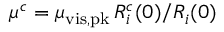
\ensuremath { \, \mu ^ { c } } = \ensuremath { \mu _ { \mathrm { v i s , p k } } } \, R _ { i } ^ { c } ( 0 ) / R _ { i } ( 0 )